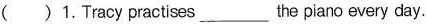
( )1. Tracy practises ___ the piano every day.